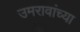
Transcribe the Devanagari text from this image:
उमरावांच्या